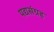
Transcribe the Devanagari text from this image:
पद्यसंग्रह